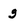
Character: g